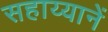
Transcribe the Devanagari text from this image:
सहाय्यानें